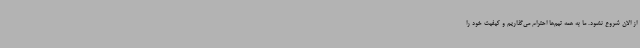
از الان شروع نشود. ما به همه تیم‌ها احترام می‌گذاریم و کیفیت خود را